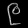
Digit: ၉